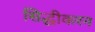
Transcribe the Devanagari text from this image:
सिद्धीकरन